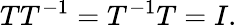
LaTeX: TT^{-1}=T^{-1}T=I.